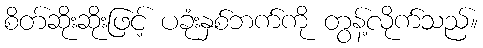
စိတ်ဆိုးဆိုးဖြင့် ပခုံးနှစ်ဘက်ကို တွန့်လိုက်သည်။